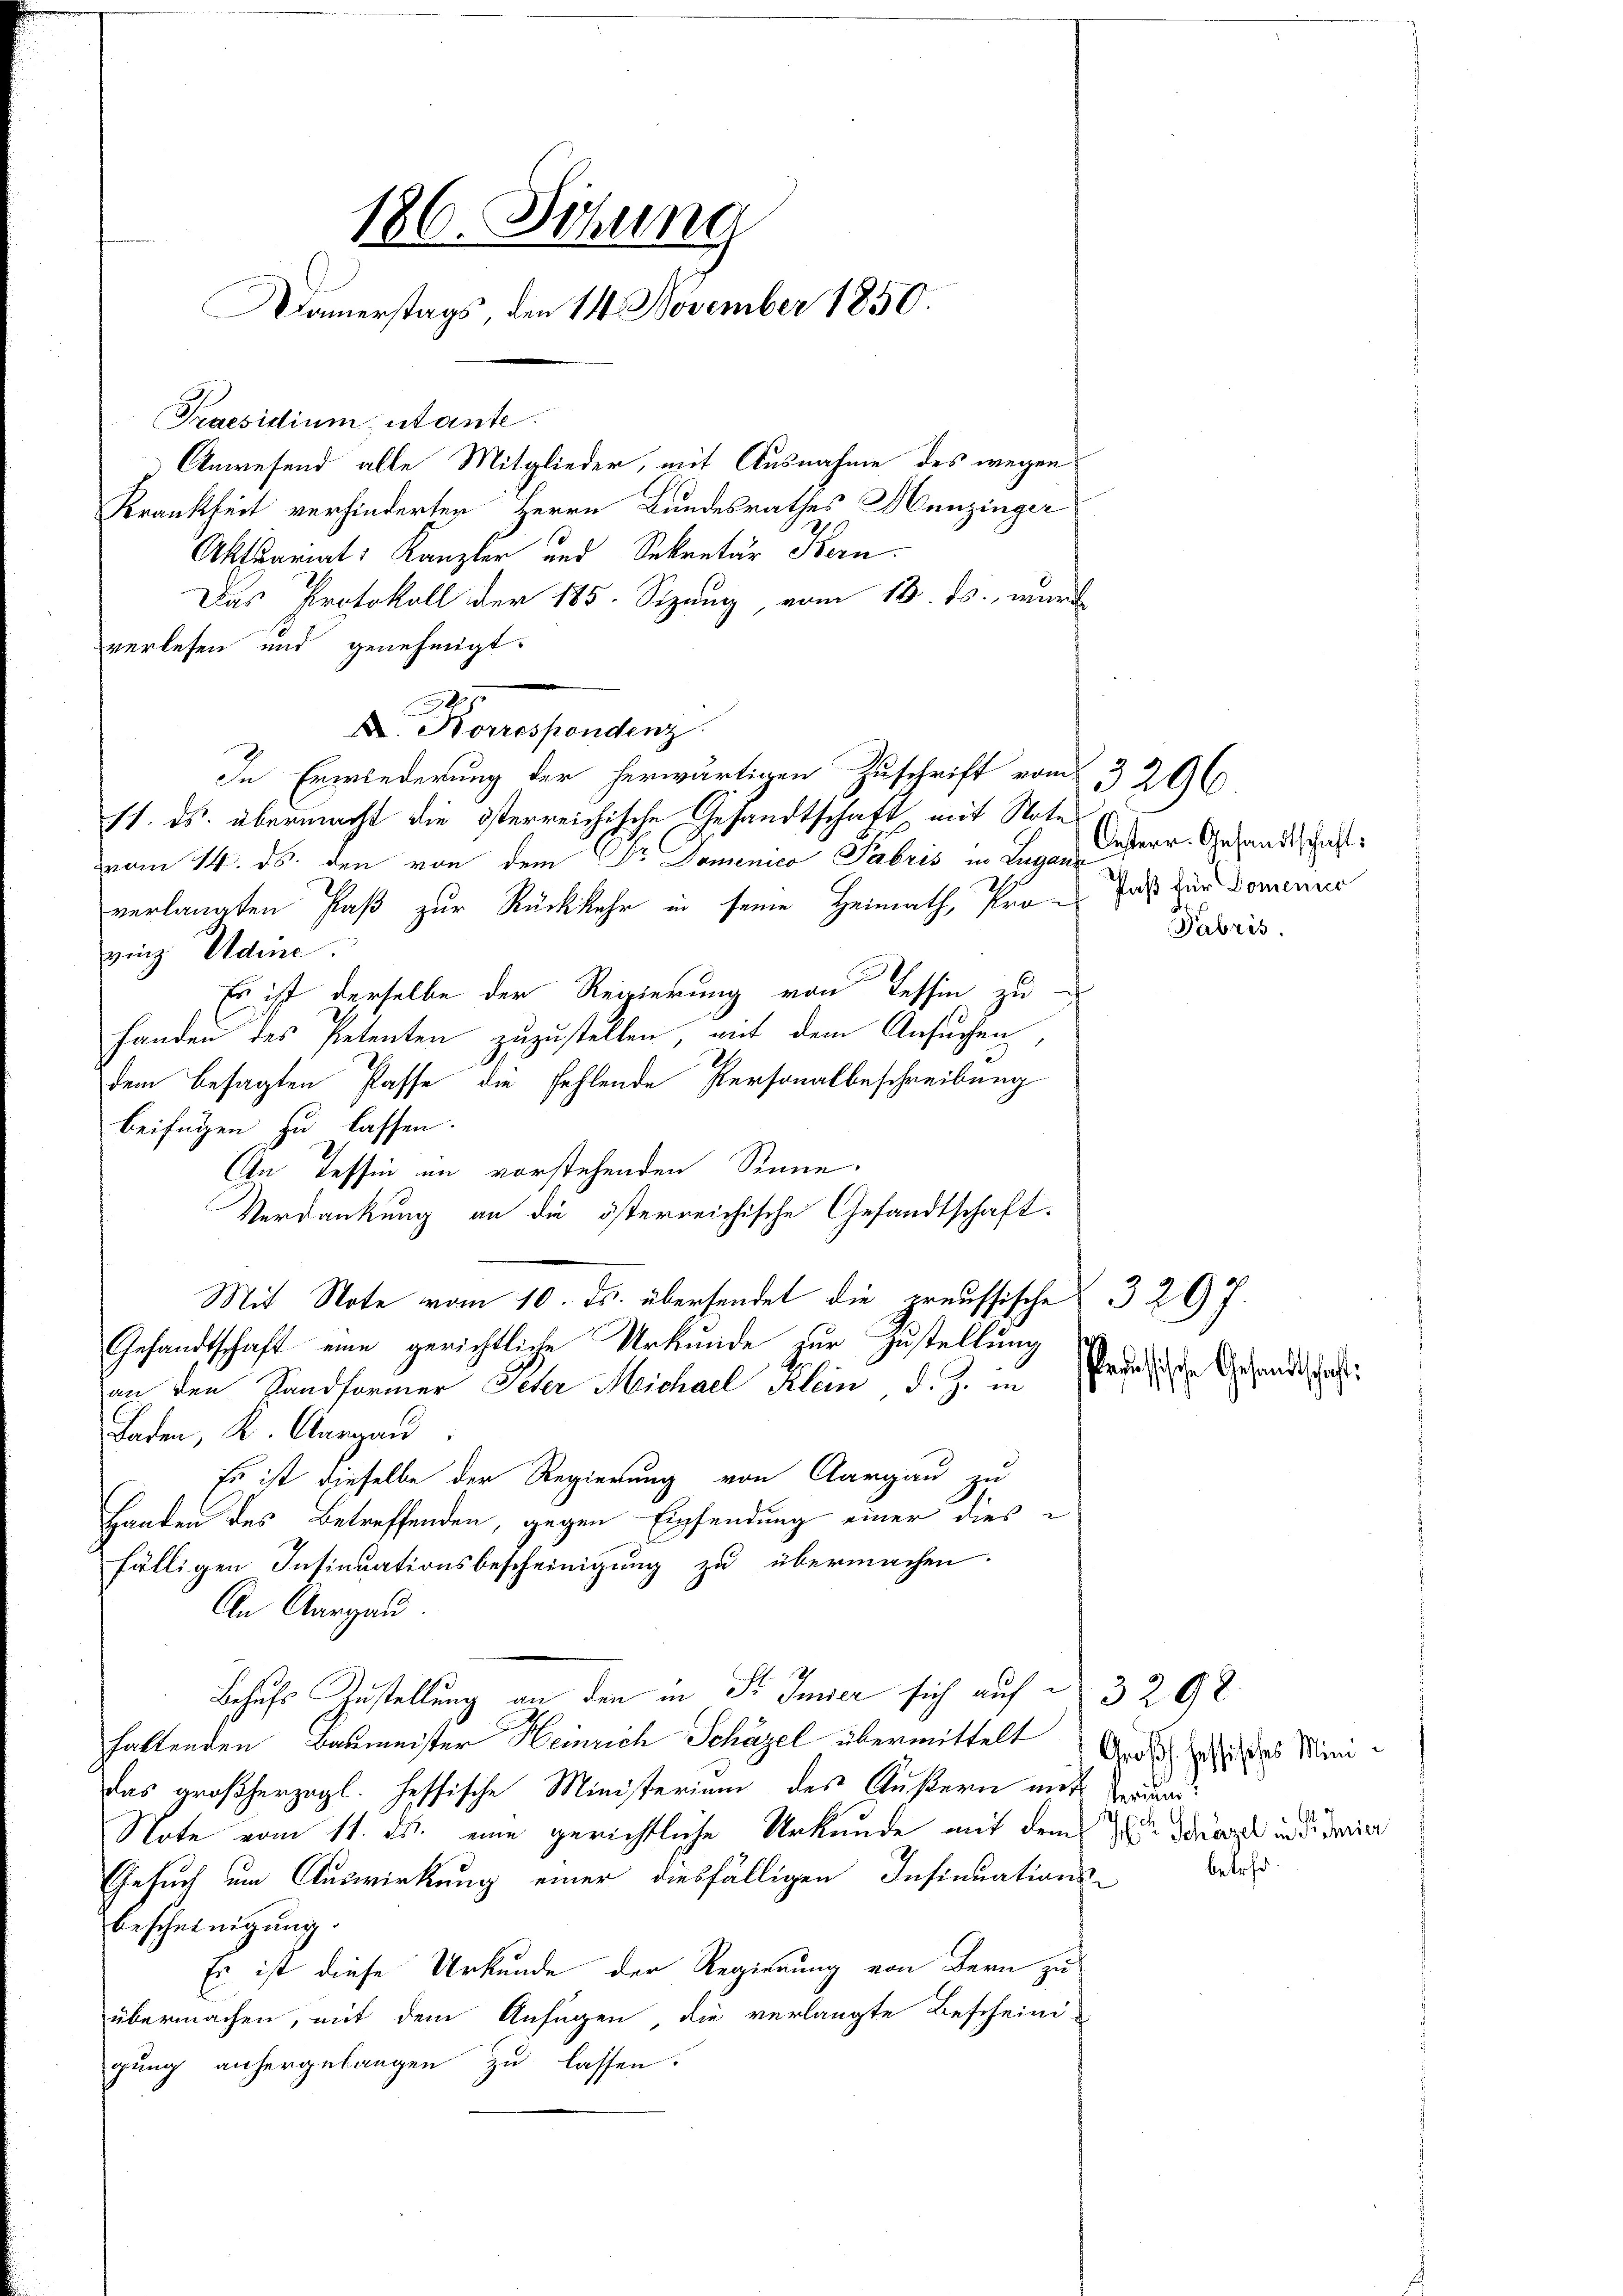
Anwesend alle Mitglieder, mit Ausnahme des wegen
Krankheit verhinderten Herrn Bundesrathes Hunzinger
Aktuariats Kanzler und Sekretär Bern.
Das Protokoll der 185. Sezeug vom 13. ds. wurde
verlesen und genehmigt.
.
A. Korrespondenz
In Erwiederung der herwärtigen Zuschrift vom 23206
11. ds. übermacht die österreichische Gesandtschaft mit Note
vom 14. ds. den von dem Dr. Domenico Fabris in Luganz
verlangten Paß zur Rückkehr in seine Heimath, Pran das zur Domaine
iig Adine.
Es ist derselbe der Regierung von Tessin zu
Handen des Petenten zuzustellen, mit dem Ansuchen
dem besagten Pässe die fehlende Personalbeschreibung
beifügen zu lassen.
An Tessin in vorstehenden Sinne.
Verdankung an die österreichische Gesandtschaft.
Mit Note vom 10. ds. übersendet die preussische 329 7.
Gesandtschaft eine gerichtliche Urkunde zur Zustellung
an den Handformer Peter Michael Klein d. Z. in
Baden, K. Aargau
Es ist dieselbe der Regierung von Aargau zu
wanden des Betreffenden, gegen Einsendung einer dies
fälligen Insinuationsbescheinigung zu übermachen.
An Aargau
Behufs Zustellung an den in Fr. Inner sich auf d 3292.
haltenden Baumeister Heinrich Schäzel übermittelt
das großherzogl. Hessische Ministerium des Äußern mit und
Note vom 11. ds. eine gerichtliche Urkunde mit dem zu der mir die
Gesuch um Auswirkung einer diesfälligen Insinuations-
Bescheinigung.
Er ist diese Urkunde der Regierung von Bern zu
übermachen, mit dem Anfügen, die verlangte Bescheini-
gung anhergelangen zu lassen.

186. Sitzung
Damerstags, den 14. November 1850.
Praesidium utante

Oesterr. Gesandtschaft:
Fabris.

Pessische Gesandtschaft:

Großh. Hessisches Minit

betreff